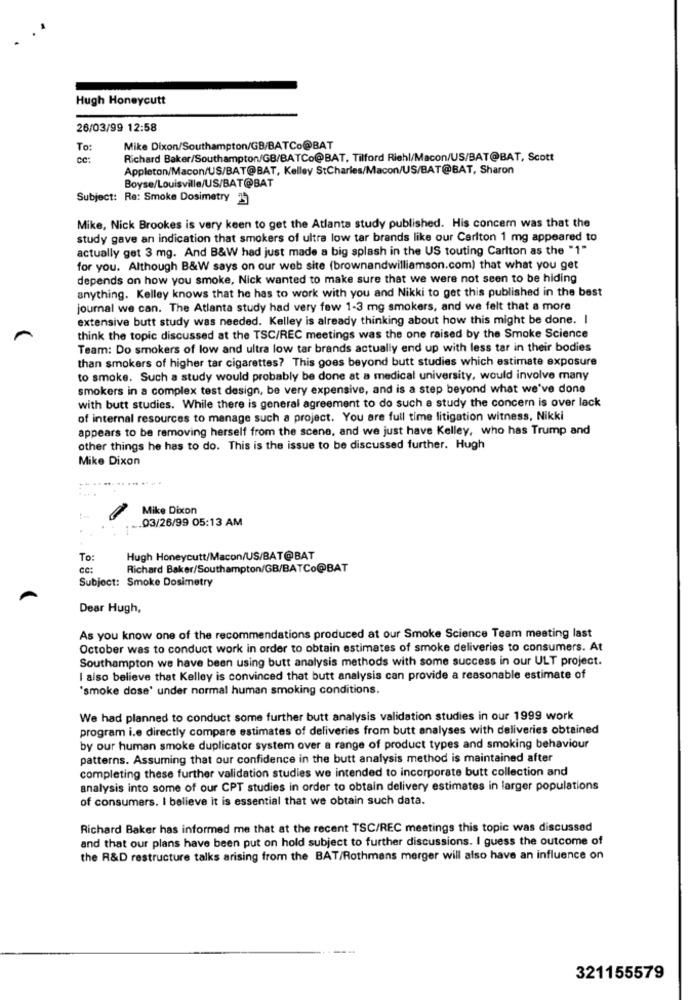
Hugh Honeycutt
26/03/99 12:58
To:
Mike Dixon/Southampton/GB/BATCo@BAT
cc:
Richard Baker/Southampton/GB/BATCo@BAT, Tilford Riehl/Macon/US/BAT@BAT, Scott
Appleton/Macon/US/BAT@BAT, Kelley StCharles/Macon/US/BAT@BAT, Sharon
Boyse/Louisville/US/BAT@BAT
Subject: Re: Smoke Dosimetry 3
Mike, Nick Brookes is very keen to get the Atlanta study published. His concern was that the
study gave an indication that smokers of ultra low tar brands like our Carlton 1 mg appeared to
actually get 3 mg. And B&W had just made a big splash in the US touting Carlton as the "1"
for you. Although B&W says on our web site (brownandwilliamson.com) that what you get
depends on how you smoke, Nick wanted to make sure that we were not seen to be hiding
anything. Kelley knows that he has to work with you and Nikki to get this published in the best
journal we can. The Atlanta study had very few 1-3 mg smokers, and we felt that a more
extensive butt study was needed. Kelley is already thinking about how this might be done. I
think the topic discussed at the TSC/REC meetings was the one raised by the Smoke Science
Team: Do smokers of low and ultra low tar brands actually end up with less tar in their bodies
than smokers of higher tar cigarettes? This goes beyond butt studies which estimate exposure
to smoke. Such a study would probably be done at a medical university, would involve many
smokers in a complex test design, be very expensive, and is a step beyond what we've done
with butt studies. While there is general agreement to do such a study the concern is over lack
of internal resources to manage such a project. You are full time litigation witness, Nikki
appears to be removing herself from the scene, and we just have Kelley, who has Trump and
other things he has to do. This is the issue to be discussed further. Hugh
Mike Dixon
Mike Dixon
03/26/99 05:13 AM
To:
Hugh Honeycutt/Macon/US/BAT@BAT
cc:
Richard Baker/Southampton/GB/BATCo@BAT
Subject: Smoke Dosimetry
Dear Hugh,
As you know one of the recommendations produced at our Smoke Science Team meeting last
October was to conduct work in order to obtain estimates of smoke deliveries to consumers. At
Southampton we have been using butt analysis methods with some success in our ULT project.
I also believe that Kelley is convinced that butt analysis can provide a reasonable estimate of
"smoke dose' under normal human smoking conditions.
We had planned to conduct some further butt analysis validation studies in our 1999 work
program i.e directly compare estimates of deliveries from butt analyses with deliveries obtained
by our human smoke duplicator system over a range of product types and smoking behaviour
patterns. Assuming that our confidence in the butt analysis method is maintained after
completing these further validation studies we intended to incorporate butt collection and
analysis into some of our CPT studies in order to obtain delivery estimates in larger populations
of consumers. I believe it is essential that we obtain such data.
Richard Baker has informed me that at the recent TSC/REC meetings this topic was discussed
and that our plans have been put on hold subject to further discussions. I guess the outcome of
the R&D restructure talks arising from the BAT/Rothmans merger will also have an influence on
321155579